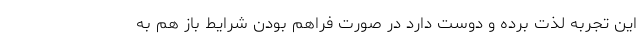
این تجربه لذت برده و دوست دارد در صورت فراهم بودن شرایط باز هم به